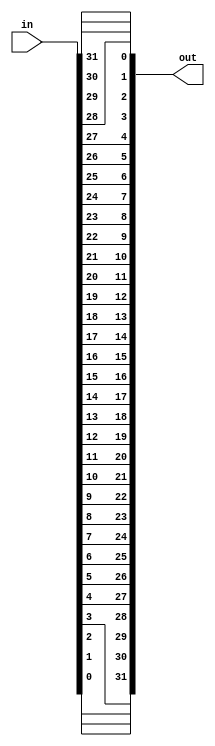
`timescale 1ns / 1ps
//////////////////////////////////////////////////////////////////////////////////
// Company: 
// 
// Design Name: 
// Module Name: swapX32
// Project Name: 
// Target Devices: 
// Tool Versions: 
// Description: 
// 
// Dependencies: 
// 
// Revision:
// Revision 0.01 - File Created
// Additional Comments:
// 
//////////////////////////////////////////////////////////////////////////////////


module swapX32(
    output [31:0] out,
    input [31:0] in
    );
    
    assign out[31] = in[0];
    assign out[30] = in[1];
    assign out[29] = in[2];
    assign out[28] = in[3];
    assign out[27] = in[4];
    assign out[26] = in[5];
    assign out[25] = in[6];
    assign out[24] = in[7];
    assign out[23] = in[8];
    assign out[22] = in[9];
    assign out[21] = in[10];
    assign out[20] = in[11];
    assign out[19] = in[12];
    assign out[18] = in[13];
    assign out[17] = in[14];
    assign out[16] = in[15];
    assign out[15] = in[16];
    assign out[14] = in[17];
    assign out[13] = in[18];
    assign out[12] = in[19];
    assign out[11] = in[20];
    assign out[10] = in[21];
    assign out[9] = in[22];
    assign out[8] = in[23];
    assign out[7] = in[24];
    assign out[6] = in[25];
    assign out[5] = in[26];
    assign out[4] = in[27];
    assign out[3] = in[28];
    assign out[2] = in[29];
    assign out[1] = in[30];
    assign out[0] = in[31];
    
endmodule